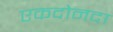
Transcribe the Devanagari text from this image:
एकदोनदा